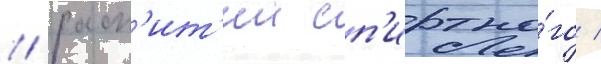
/ расп'ит'ии сп'иртно́го /